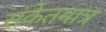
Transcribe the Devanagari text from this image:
संकेतमात्र